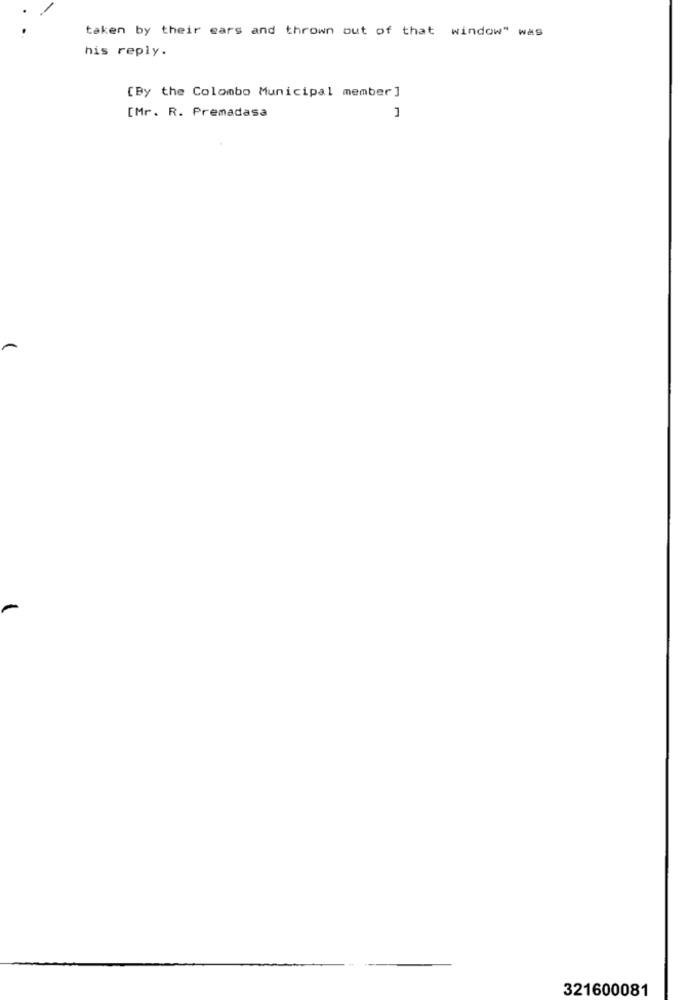
taken by their ears and thrown out of that window" was
his reply.
[By the Colombo Municipal member ]
[Mr. R. Premadasa
321600081